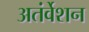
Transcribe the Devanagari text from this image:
अतंर्वेशन